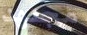
مجتهد